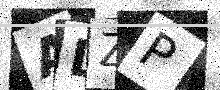
Text: ALZP